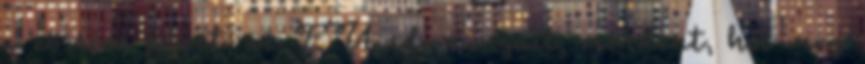
a zösszes pénzt, az EU adományait, mindent, hol meg